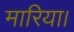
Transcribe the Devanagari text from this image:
मारिया।